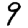
Digit: 9